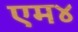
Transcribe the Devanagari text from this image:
एम४